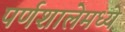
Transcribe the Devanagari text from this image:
पर्णशालेमध्ये